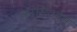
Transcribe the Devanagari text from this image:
कांसिओन